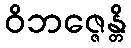
ဝိဘဇ္ဇေန္တိ